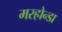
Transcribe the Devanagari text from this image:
मस्होन्डा